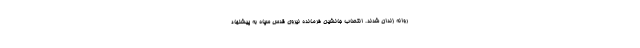
روانه زندان شدند. انتصاب جانشین فرمانده نیروی قدس سپاه به پیشنهاد